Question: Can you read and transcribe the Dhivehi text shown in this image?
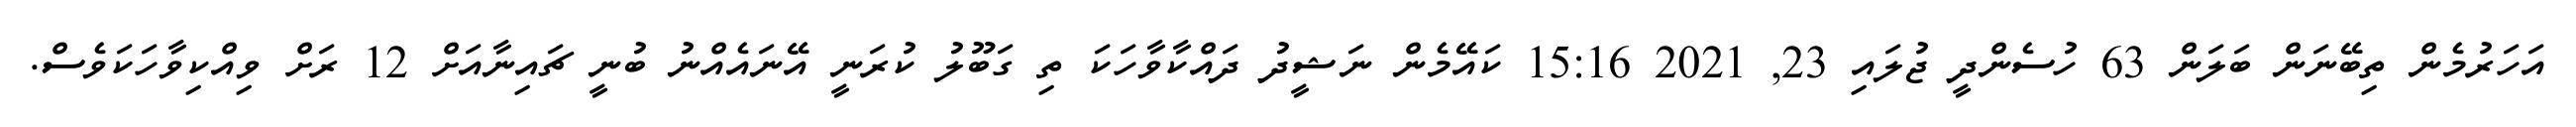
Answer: އަހަރުމެން ތިބޭނަން ބަލަން 63 ހުސެންދީ ޖުލައި 23, 2021 15:16 ކައޭމެން ނަޝީދު ދައްކާވާހަކަ ތި ގަބޫލު ކުރަނީ އޭނައެއްނު ބުނީ ޗައިނާއަށް 12 ރަށް ވިއްކިވާހަކަވެސް.